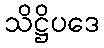
သိဋ္ဌိပဒေ